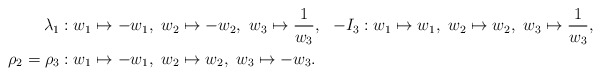
\begin{align*} \lambda_1 &: w_1\mapsto -w_1,\ w_2\mapsto -w_2,\ w_3\mapsto \frac{1}{w_3}, & -I_3 &: w_1\mapsto w_1,\ w_2\mapsto w_2,\ w_3\mapsto \frac{1}{w_3}, \\ \rho_2=\rho_3 &: w_1\mapsto -w_1,\ w_2\mapsto w_2,\ w_3\mapsto -w_3. \end{align*}